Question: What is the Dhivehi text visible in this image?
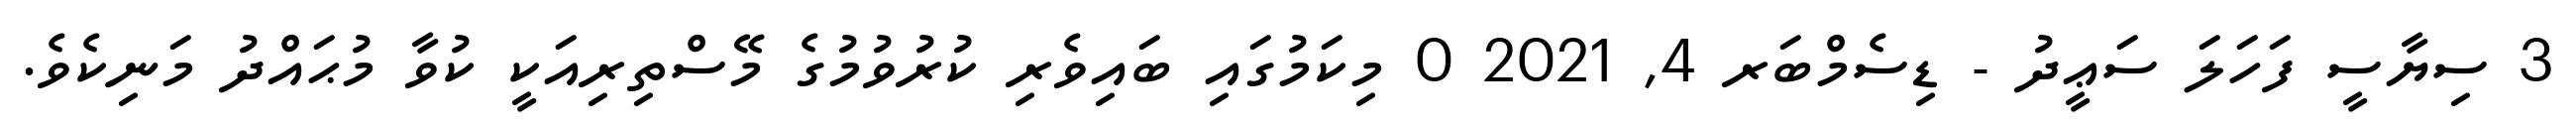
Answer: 3 ސިޔާސީ ފަހަލަ ސަޢީދު - ޑިސެމްބަރ 4, 2021 0 މިކަމުގައި ބައިވެރި ކުރުވުމުގެ މޭސްތިރިއަކީ ކުވާ މުޙައްދު މަނިކެވެ.